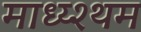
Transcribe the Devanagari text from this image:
माध्य्श्थम